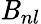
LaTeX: \mathit{B}_{nl}